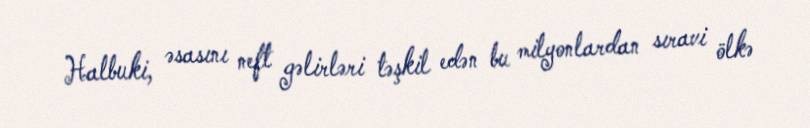
Halbuki, əsasını neft gəlirləri təşkil edən bu milyonlardan sıravi ölkə